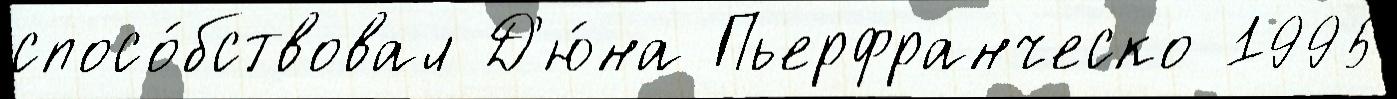
спосо́бствовал Д'ю́на Пьерфранческо 1995